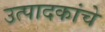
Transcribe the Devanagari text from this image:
उत्पादकांचे